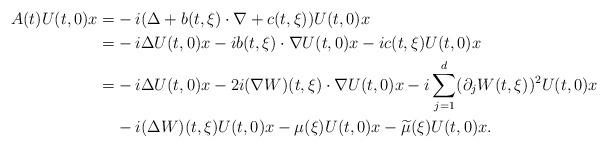
LaTeX: \begin{align*}A(t)U(t,0)x = & -i(\Delta +b(t,\xi) \cdot \nabla+c(t,\xi))U(t,0)x \\= & -i\Delta U(t,0)x-ib(t,\xi)\cdot \nabla U(t,0)x-ic(t,\xi)U(t,0)x \\= & -i\Delta U(t,0)x-2i(\nabla W)(t,\xi)\cdot \nabla U(t,0)x-i\sum_{j=1}^d(\partial_jW(t,\xi))^2U(t,0)x \\& -i(\Delta W)(t,\xi)U(t,0)x-\mu(\xi)U(t,0)x-\widetilde{\mu}(\xi)U(t,0)x. \end{align*}